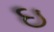
ઇ